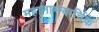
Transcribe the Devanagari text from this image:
महानाम्न्यार्चिक